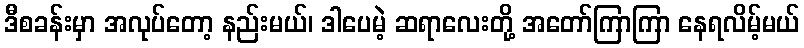
ဒီစခန်းမှာ အလုပ်တော့ နည်းမယ်၊ ဒါပေမဲ့ ဆရာလေးတို့ အတော်ကြာကြာ နေရလိမ့်မယ်